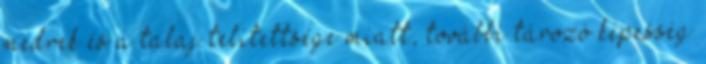
medrek és a talaj telítettsége miatt, további tározó képesség